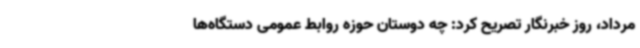
مرداد، روز خبرنگار تصریح کرد: چه دوستان حوزه روابط عمومی دستگاه‌ها